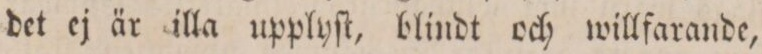
det ej är illa upplyſt, blindt och willfarande,